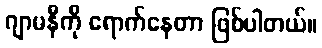
ဂျာမနီကို ရောက်နေတာ ဖြစ်ပါတယ်။